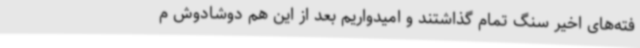
فته‌های اخیر سنگ تمام گذاشتند و امیدواریم بعد از این هم دوشادوش م